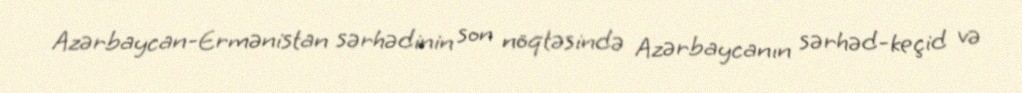
Azərbaycan-Ermənistan sərhədinin son nöqtəsində Azərbaycanın sərhəd-keçid və